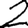
Digit: 2